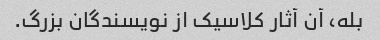
بله، آن آثار کلاسیک از نویسندگان بزرگ.